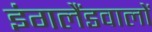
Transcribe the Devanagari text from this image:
इंगलैंडवालों